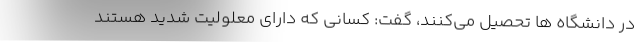
در دانشگاه ها تحصیل می‌کنند، گفت: کسانی که دارای معلولیت شدید هستند